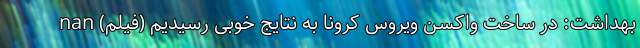
بهداشت: در ساخت واکسن ویروس کرونا به نتایج خوبی رسیدیم (فیلم) nan